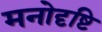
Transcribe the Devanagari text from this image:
मनोदृष्टि